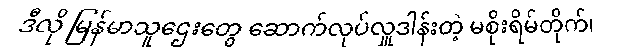
ဒီလို မြန်မာသူဌေးတွေ ဆောက်လုပ်လှူဒါန်းတဲ့ မစိုးရိမ်တိုက်၊